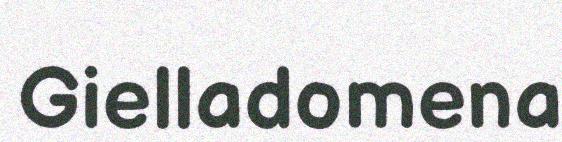
Gielladomena